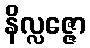
နိလ္လဇ္ဇော